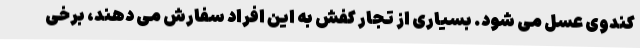
کندوی عسل می شود. بسیاری از تجار کفش به این افراد سفارش می دهند، برخی